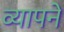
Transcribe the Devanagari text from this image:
व्यापने